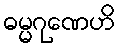
ဓမ္မဂုဏေဟိ